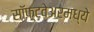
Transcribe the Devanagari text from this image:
सॉफ़्टवेअरमध्ये